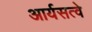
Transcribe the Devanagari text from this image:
आर्यसत्वे